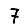
Digit: 7